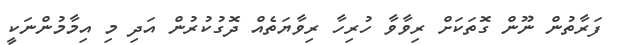
ފަރާތުން ނޫން ގޮތަކަށް ރިވާވާ ހުރިހާ ރިވާޔަތެއް ދޮގުކުރުން އަދި މި އިމާމުންނަކީ